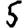
Digit: 5